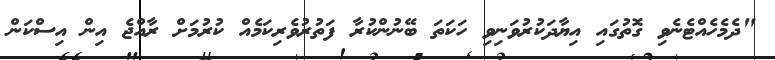
"ދެމެހެެއްޓެނެވި ގޮތުގައި އިޔާދަކުރުވަނިވި ހަކަތަ ބޭނުންކުރާ ފަތުރުވެރިކަމެއް ކުރުމަށް ރާއްޖެ އިން އިސްކަން